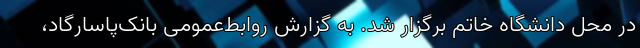
در محل دانشگاه خاتم برگزار شد. به گزارش روابط‌عمومی بانک‌پاسارگاد،